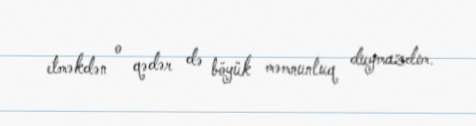
etməkdən o qədər də böyük məmnunluq duymazdım.